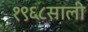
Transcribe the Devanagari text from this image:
१९६८साली